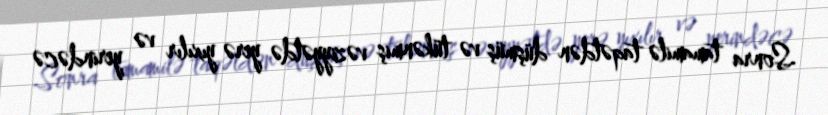
Sonra tamamilə taqətdən düşmüş və tükənmiş vəziyyətdə yerə yıxılır və yerindəcə